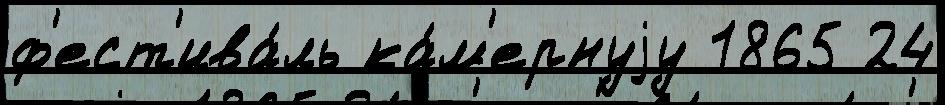
ф'ест'ива́ль ка́м'ернуjу 1865 24